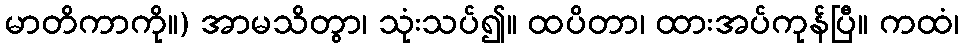
မာတိကာကို။) အာမသိတွာ၊ သုံးသပ်၍။ ထပိတာ၊ ထားအပ်ကုန်ပြီ။ ကထံ၊